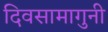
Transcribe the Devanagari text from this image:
दिवसामागुनी